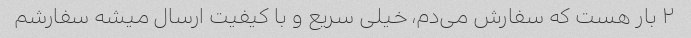
٢ بار هست که سفارش می‌دم، خیلی سریع و با کیفیت ارسال میشه سفارشم